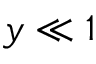
y \ll 1